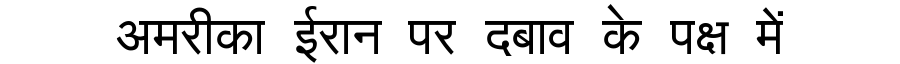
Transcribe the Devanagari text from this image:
अमरीका ईरान पर दबाव के पक्ष में